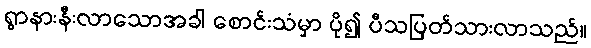
ရွာနားနီးလာသောအခါ စောင်းသံမှာ ပို၍ ပီသပြတ်သားလာသည်။